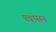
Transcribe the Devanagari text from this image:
रवासन